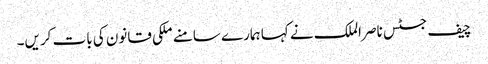
چیف جسٹس ناصر الملک نے کہا ہمارے سامنے ملکی قانون کی بات کریں۔